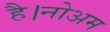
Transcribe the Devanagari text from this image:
है।नोअम